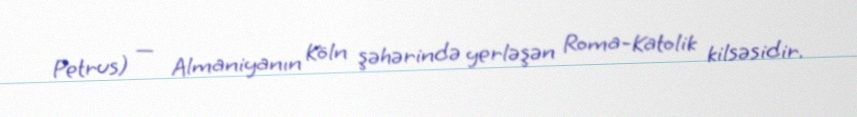
Petrus) — Almaniyanın Köln şəhərində yerləşən Roma-Katolik kilsəsidir.